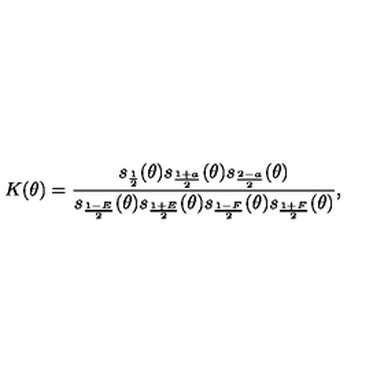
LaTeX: K ( \theta ) = \frac { s _ { \frac { 1 } { 2 } } ( \theta ) s _ { \frac { 1 + a } { 2 } } ( \theta ) s _ { \frac { 2 - a } { 2 } } ( \theta ) } { s _ { \frac { 1 - E } { 2 } } ( \theta ) s _ { \frac { 1 + E } { 2 } } ( \theta ) s _ { \frac { 1 - F } { 2 } } ( \theta ) s _ { \frac { 1 + F } { 2 } } ( \theta ) } ,